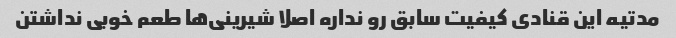
مدتیه این قنادی کیفیت سابق رو نداره اصلا شیرینی‌ها طعم خوبی نداشتن